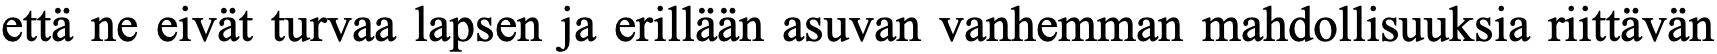
että ne eivät turvaa lapsen ja erillään asuvan vanhemman mahdollisuuksia riittävän